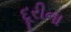
દૂરીના